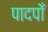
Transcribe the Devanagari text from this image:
पादपोँ